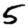
Digit: 5